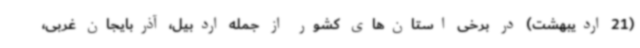
(21 اردیبهشت) در برخی استان‌های کشور از جمله اردبیل، آذربایجان غربی،